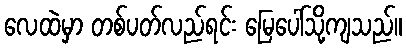
လေထဲမှာ တစ်ပတ်လည်ရင်း မြေပေါ်သို့ကျသည်။